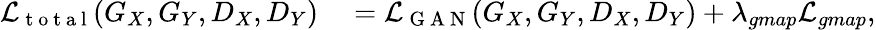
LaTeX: \begin{array}{rl}{\mathcal{L}_{\mathrm{~t~o~t~a~l~}}(G_{X},G_{Y},D_{X},D_{Y})}&{{}=\mathcal{L}_{\mathrm{~G~A~N~}}(G_{X},G_{Y},D_{X},D_{Y})+\lambda_{gmap}\mathcal{L}_{gmap},}\end{array}